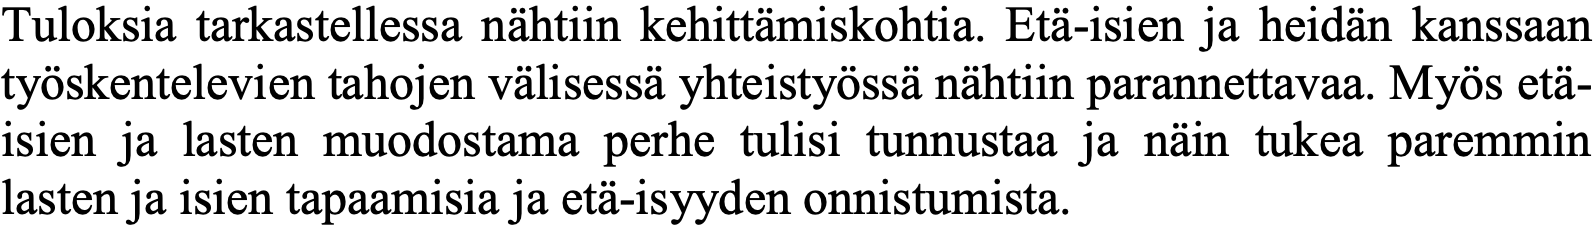
Tuloksia tarkastellessa nähtiin kehittämiskohtia. Etä-isien ja heidän kanssaan työskentelevien tahojen välisessä yhteistyössä nähtiin parannettavaa. Myös etä- isien ja lasten muodostama perhe tulisi tunnustaa ja näin tukea paremmin lasten ja isien tapaamisia ja etä-isyyden onnistumista.